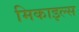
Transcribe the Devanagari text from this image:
मिकाइल्स